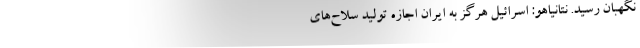
نگهبان رسید. نتانیاهو: اسرائیل هرگز به ایران اجازه تولید سلاح‌های